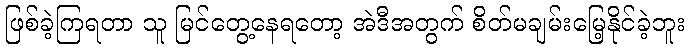
ဖြစ်ခဲ့ကြရတာ သူ မြင်တွေ့နေရတော့ အဲဒီအတွက် စိတ်မချမ်းမြေ့နိုင်ခဲ့ဘူး